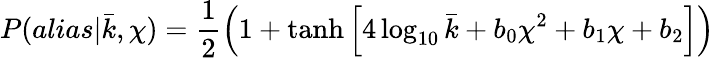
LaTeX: P(alias|\bar{k},\chi)=\frac{1}{2}\left(1+\operatorname{tanh}\left[4\log_{10}\bar{k}+b_{0}\chi^{2}+b_{1}\chi+b_{2}\right]\right)